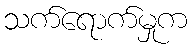
သက်ရောက်မှုက